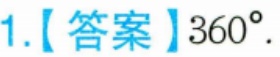
1.【答案】\(360^{\circ}\).